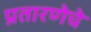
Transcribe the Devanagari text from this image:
प्रतारणेचे